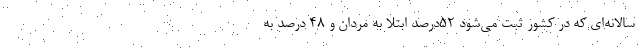
سالانه‌ای که در کشور ثبت می‌شود ۵۲درصد ابتلا به مردان و ۴۸ درصد به